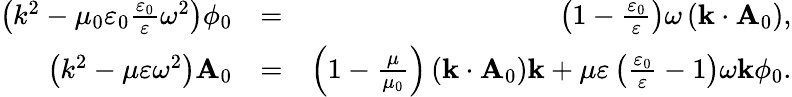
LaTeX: \begin{array}{rlr}{\left(k^{2}-\mu_{0}\varepsilon_{0}\frac{\varepsilon_{0}}{\varepsilon}\omega^{2}\right)\phi_{0}}&{=}&{\left(1-\frac{\varepsilon_{0}}{\varepsilon}\right)\omega\left(\mathbf{k}\cdot\mathbf{A}_{0}\right),}\\ {\left(k^{2}-\mu\varepsilon\omega^{2}\right)\mathbf{A}_{0}}&{=}&{\left(1-\frac{\mu}{\mu_{0}}\right)\left(\mathbf{k}\cdot\mathbf{A}_{0}\right)\mathbf{k}+\mu\varepsilon\left(\frac{\varepsilon_{0}}{\varepsilon}-1\right)\omega\mathbf{k}\phi_{0}.}\end{array}